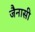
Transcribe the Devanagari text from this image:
जैनासी